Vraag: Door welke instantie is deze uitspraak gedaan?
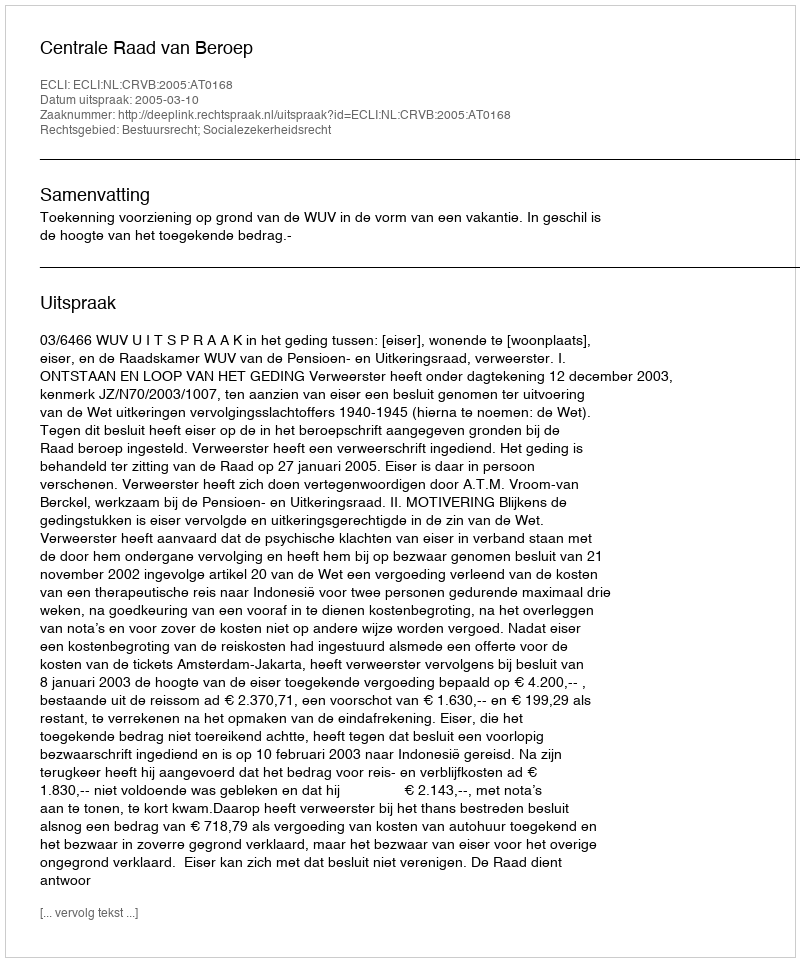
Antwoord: Centrale Raad van Beroep